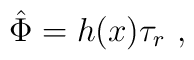
\hat{\Phi} = h(x) \tau_r \ ,